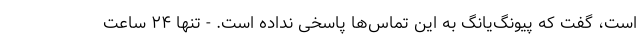
است، گفت که پیونگ‌یانگ به این تماس‌ها پاسخی نداده است. - تنها ۲۴ ساعت